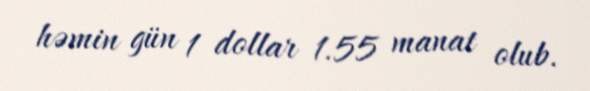
həmin gün 1 dollar 1.55 manat olub.